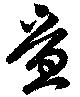
疊